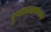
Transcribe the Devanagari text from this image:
दुष्काळादरम्यान